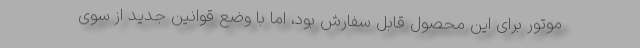
موتور برای این محصول قابل سفارش بود، اما با وضع قوانین جدید از سوی